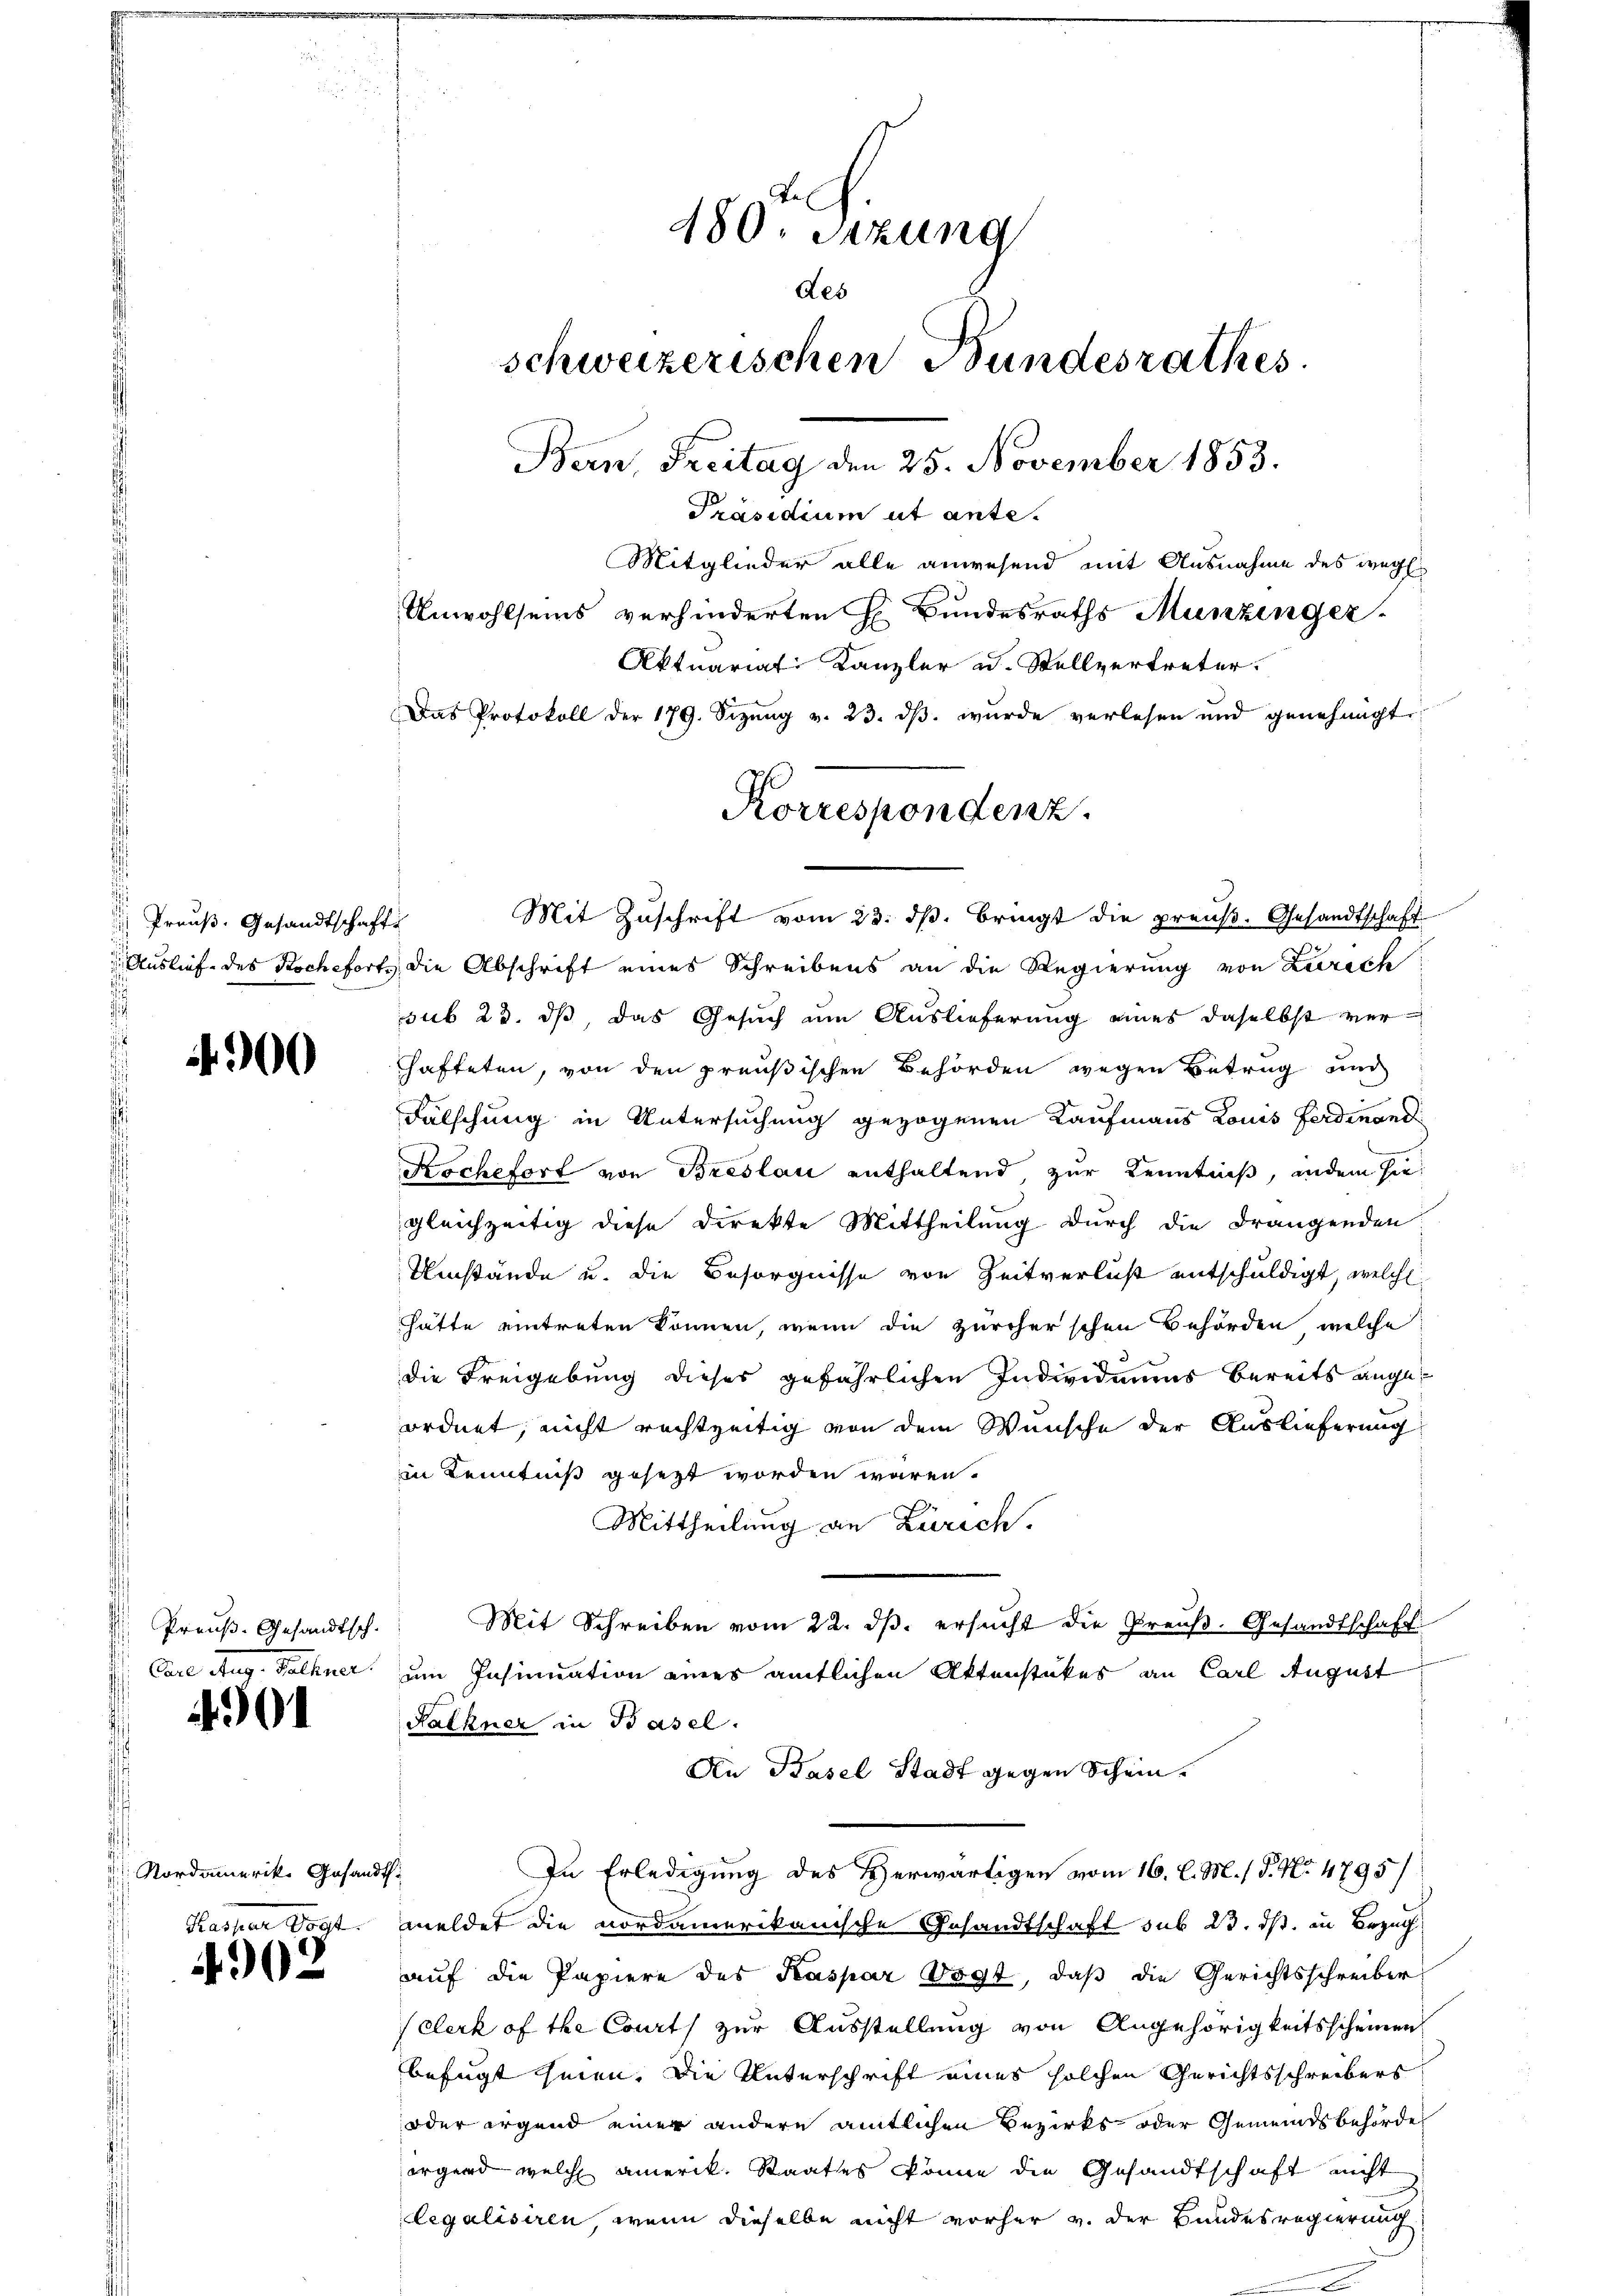
.
 Preuß. Gesandtschaft
Auslief des Koche forts

300

Preuß. Gesandtsch.
Can. Aug. Peltner.

4901

Nordamerike Gesandt
Kasten Vogt.

4902

480 sezung
des
schweizerischen Bundesrathes
Bern, Freitag den 25. November 1853.
Präsidium ut ante.
Mitglieder alle anwesend mit Ausnahme des wege
Unwohlseins verhinderten H. Bundesraths Munzinger-
Aktuariat Kanzler u. Stellvertreter.
Das Protokoll der 179. Sizung v. 23. ds. wurde verlesen und genehmigt

Mit Zuschrift vom 23. dβ. bringt die preuß. Gesandtschaft
die Abschrift eines Schreibens an die Regierung von Zurech
sub 23. dß, das Gesuch um Auslieferung eines daselbst verhafteten, von den preußischen Behörden wegen Betrug und
Fälschung in Untersuchung gezogenen Kaufmanns Louis Ferdinand
Koche fort von Breslau enthaltend, zur Kenntniß, indem sie
gleichzeitig diese Direkte Mittheilung durch die drangenden
Umstände u. die Besorgnisse von Zeitverlust entschuldigt, welche
Hätte eintreten können, wenn die Zürcher'schen Behörden, welche
die Freigebung dieses gefährlichen Individuums bereits angeordnet, nicht rechtzeitig von dem Wunsche der Auslieferung
in Kenntniß gesezt worden wären.
Mittheilung an Zürich.
Mit Schreiben vom 22. dβ. ersucht die Preŭβ- Gesandtschaft
um Insinuation eines amtlichen Aktenstükes an Carl August
Sathner in Basel.
An Basel Stadt gegen Schein.
In Erledigung des Herwärtigen vom 16. l. M. / P. No 4795/
meldet die nordamerikanische Gesandtschaft sub 23. ds. in Bezug
auf die Papiere des Kaspar Vogt, daß die Gerichtsschreiber
clerk of the Caurts zur Ausstellung von Angehörigkeitsscheinen
befugt hien. Die Unterschrift eines solchen Gerichtsschreibers
oder irgend einer andere amtlichen Bezirks- oder Gemeindsbehörde
örgend welche amerik. Staates könne die Gesandtschaft nicht
legalisiren, wenn dieselbe nicht vorher v. der Bundesregierung

Korrespondenz.